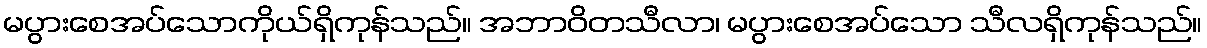
မပွားစေအပ်သောကိုယ်ရှိကုန်သည်။ အဘာဝိတသီလာ၊ မပွားစေအပ်သော သီလရှိကုန်သည်။